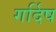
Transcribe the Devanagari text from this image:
गर्दिष